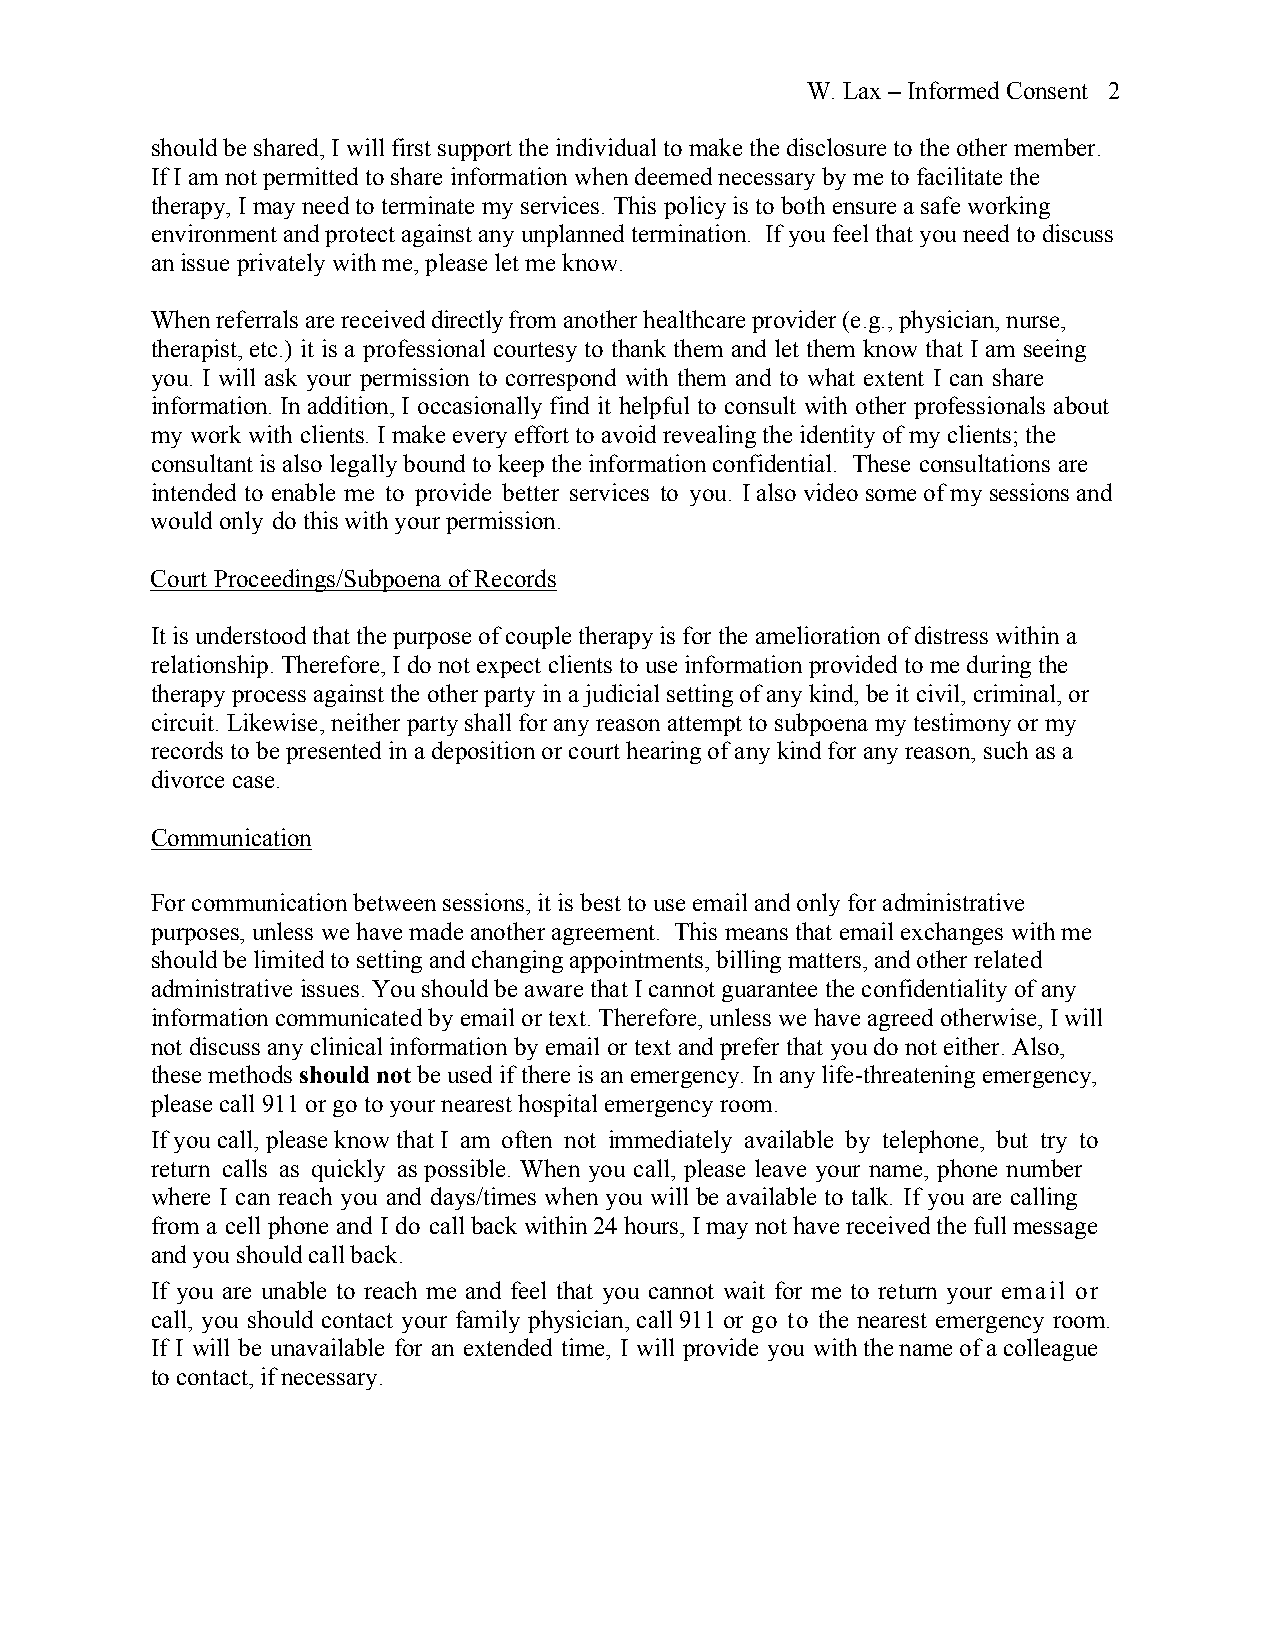
W. Lax – Informed Consent 2
 should be shared, I will first support the individual to make the disclosure to the other member.
 If I am not permitted to share information when deemed necessary by me to facilitate the
 therapy, I may need to terminate my services. This policy is to both ensure a safe working
 environment and protect against any unplanned termination. If you feel that you need to discuss
 an issue privately with me, please let me know.
 When referrals are received directly from another healthcare provider (e.g., physician, nurse,
 therapist, etc.) it is a professional courtesy to thank them and let them know that I am seeing
 you. I will ask your permission to correspond with them and to what extent I can share
 information. In addition, I occasionally find it helpful to consult with other professionals about
 my work with clients. I make every effort to avoid revealing the identity of my clients; the
 consultant is also legally bound to keep the information confidential. These consultations are
 intended to enable me to provide better services to you. I also video some of my sessions and
 would only do this with your permission.
 Court Proceedings/Subpoena of Records
 It is understood that the purpose of couple therapy is for the amelioration of distress within a
 relationship. Therefore, I do not expect clients to use information provided to me during the
 therapy process against the other party in a judicial setting of any kind, be it civil, criminal, or
 circuit. Likewise, neither party shall for any reason attempt to subpoena my testimony or my
 records to be presented in a deposition or court hearing of any kind for any reason, such as a
 divorce case.
 Communication
 For communication between sessions, it is best to use email and only for administrative
 purposes, unless we have made another agreement. This means that email exchanges with me
 should be limited to setting and changing appointments, billing matters, and other related
 administrative issues. You should be aware that I cannot guarantee the confidentiality of any
 information communicated by email or text. Therefore, unless we have agreed otherwise, I will
 not discuss any clinical information by email or text and prefer that you do not either. Also,
 these methods should not be used if there is an emergency. In any life-threatening emergency,
 please call 911 or go to your nearest hospital emergency room.
 If you call, please know that I am often not immediately available by telephone, but try to
 return calls as quickly as possible. When you call, please leave your name, phone number
 where I can reach you and days/times when you will be available to talk. If you are calling
 from a cell phone and I do call back within 24 hours, I may not have received the full message
 and you should call back.
 If you are unable to reach me and feel that you cannot wait for me to return your email or
 call, you should contact your family physician, call 911 or go to the nearest emergency room.
 If I will be unavailable for an extended time, I will provide you with the name of a colleague
 to contact, if necessary.